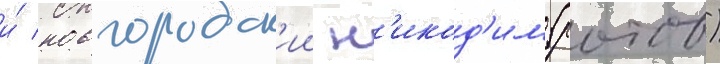
и́ новгородск'ии н'икод'им (ротов)